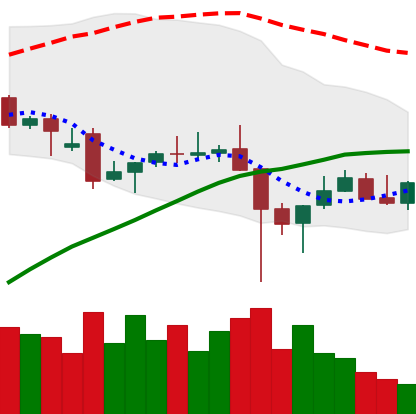
Ticker: TRX-USD
Chart end date: 2021-12-11
Forward return: -6.753%
Label: down_5_7